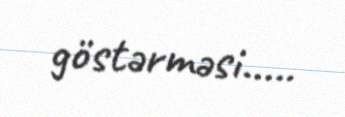
göstərməsi.....